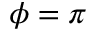
\phi = \pi